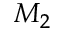
M _ { 2 }